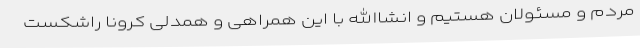
مردم و مسئولان هستیم و انشاالله با این همراهی و همدلی کرونا راشکست